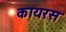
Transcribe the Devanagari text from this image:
कायरस